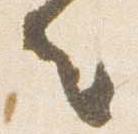
者